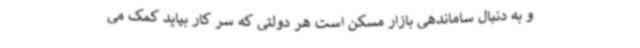
و به دنبال ساماندهی بازار مسکن است هر دولتی که سر کار بیاید کمک می